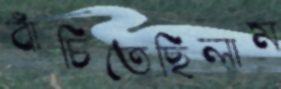
বাঁচিতেছিলাম